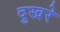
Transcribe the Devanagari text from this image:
दुखरे